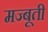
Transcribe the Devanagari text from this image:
मज्बूती